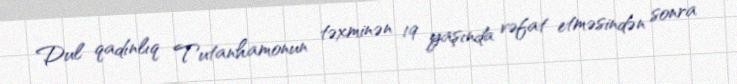
Dul qadınlıq Tutanhamonun təxminən 19 yaşında vəfat etməsindən sonra